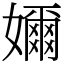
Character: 嬭